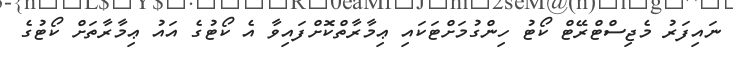
ނައިފަރު މެޖިސްޓްރޭޓް ކޯޓު ހިންގުމަށްޓަކައި ޢިމާރާތްކޮށްފައިވާ އެ ކޯޓުގެ އައު ޢިމާރާތަށް ކޯޓުގެ